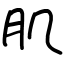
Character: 肌